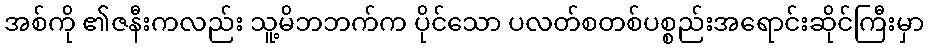
အစ်ကို ၏ဇနီးကလည်း သူ့မိဘဘက်က ပိုင်သော ပလတ်စတစ်ပစ္စည်းအရောင်းဆိုင်ကြီးမှာ